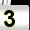
Digit: 3